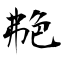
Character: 艴